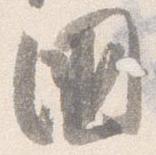
国